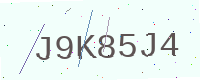
Text: J9K85J4